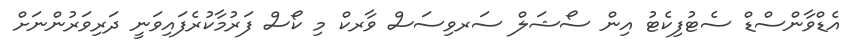
އެޑްވާންސްޑް ސެޓުފިކެޓު އިން ސޯޝަލް ސަރވިސަސް ވާރކް މި ކޯސް ފަރުމާކުރެފައިވަނީ ދަރިވަރުންނަށް